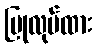
ပြုလုပ်ထား